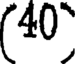
(40